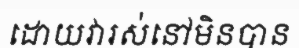
ដោយវារស់នៅមិនបាន